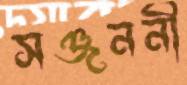
সঞ্জননী